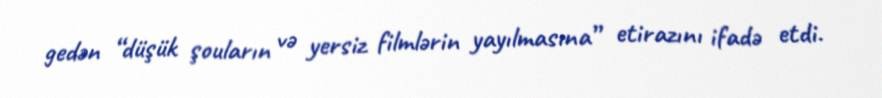
gedən “düşük şouların və yersiz filmlərin yayılmasına” etirazını ifadə etdi.